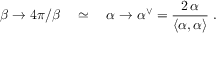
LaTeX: \beta \rightarrow 4 \pi / \beta \quad \simeq \quad \alpha \rightarrow \alpha ^ { \vee } = \frac { 2 \, \alpha } { \left\langle \alpha , \alpha \right\rangle } \; .